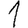
Digit: 1